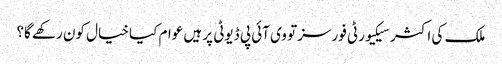
ملک کی اکثر سیکیورٹی فورسز تو وی آئی پی ڈیوٹی پر ہیں عوام کیا خیال کون رکھے گا؟